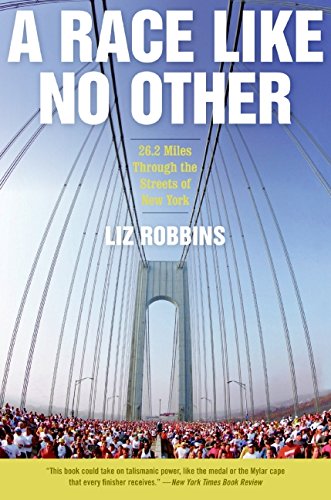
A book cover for A Race Like No Other: 26.2 Miles Through the Streets of New York; Liz Robbins; Health, Fitness & Dieting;